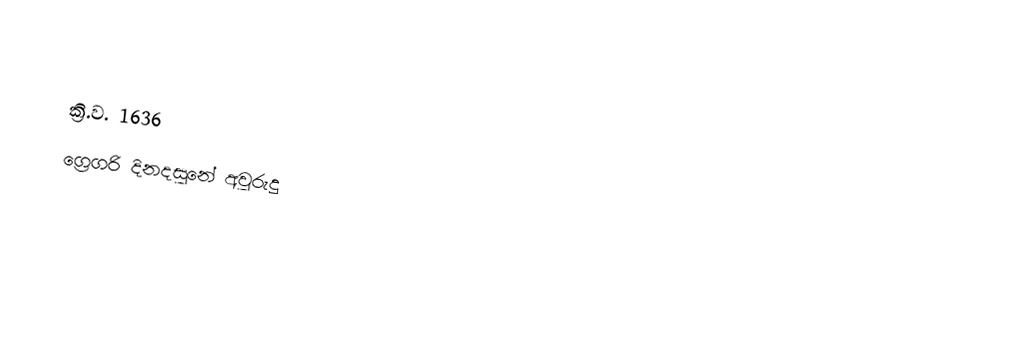

ක්‍රි.ව. 1636
ග්‍රෙගරි දිනදසුනේ අවුරුදු